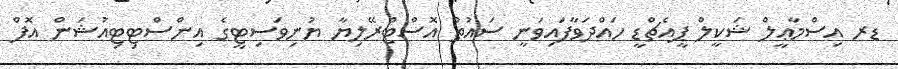
ޑރ އިސްމާޢީލް ޝަކީލް ޕީއެޗްޑީ ހައްދަވާފައިވަނީ ސައުތު އޮސްޓްރޭލިޔާ ޔުނިވަސިޓީގެ އިންސްޓިޓިއުޝަން އޮފް